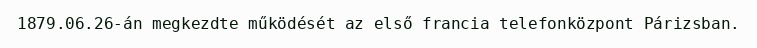
1879.06.26-án megkezdte működését az első francia telefonközpont Párizsban.